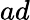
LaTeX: ad